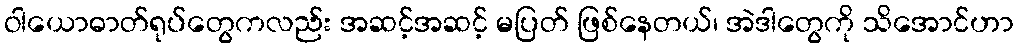
ဝါယောဓာတ်ရုပ်တွေကလည်း အဆင့်အဆင့် မပြတ် ဖြစ်နေတယ်၊ အဲဒါတွေကို သိအောင်ဟာ